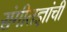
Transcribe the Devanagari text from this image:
संगीतज्ञांची